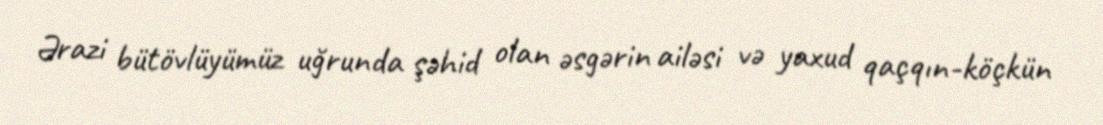
Ərazi bütövlüyümüz uğrunda şəhid olan əsgərin ailəsi və yaxud qaçqın-köçkün